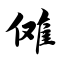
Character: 傩